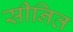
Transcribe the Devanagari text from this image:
सीनित